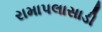
રામાપલાસાડી